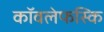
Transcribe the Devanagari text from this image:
कॉवलेफस्कि